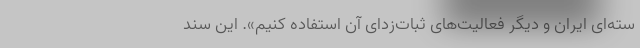
سته‌ای ایران و دیگر فعالیت‌های ثبات‌زدای آن استفاده کنیم». این سند